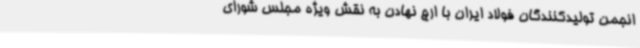
انجمن تولیدکنندگان فولاد ایران با ارج نهادن به نقش ویژه مجلس شورای